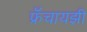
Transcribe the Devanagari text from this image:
फ्रँचायझी